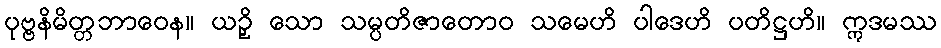
ပုဗ္ဗနိမိတ္တဘာဝေန။ ယဉှိ သော သမ္ပတိဇာတောဝ သမေဟိ ပါဒေဟိ ပတိဋ္ဌဟိ။ ဣဒမဿ